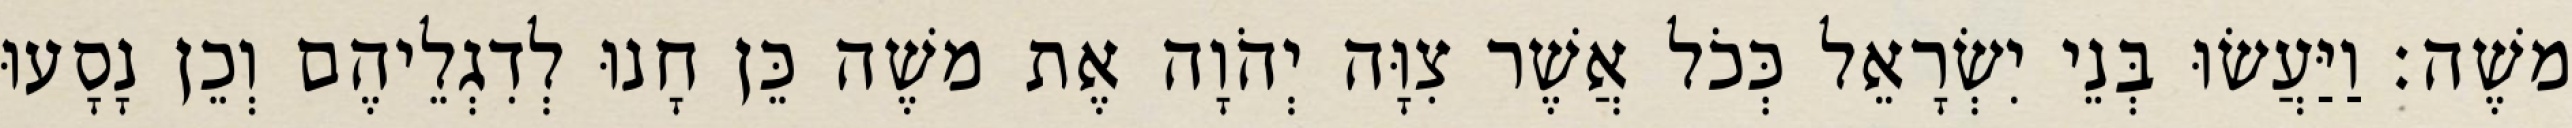
משֶׁה׃ וַיַּעֲשׂוּ בְּנֵי יִשְׂרָאֵל כְּכֹל אֲשֶׁר צִוָּה יְהֹוָה אֶת משֶׁה כֵּן חָנוּ לְדִגְלֵיהֶם וְכֵן נָסָעוּ